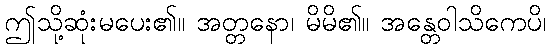
ဤသို့ဆုံးမပေး၏။ အတ္တနော၊ မိမိ၏။ အန္တေဝါသိကေပိ၊